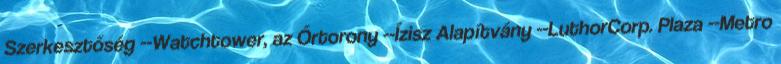
Szerkesztőség --Watchtower, az Őrtorony --Ízisz Alapítvány --LuthorCorp. Plaza --Metro